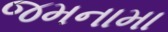
જમનામા